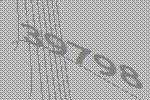
39798